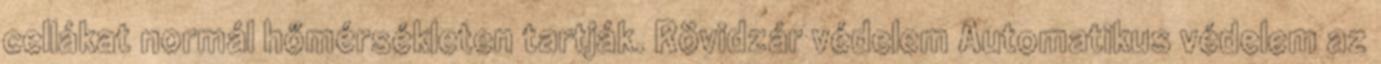
cellákat normál hőmérsékleten tartják. Rövidzár védelem Automatikus védelem az